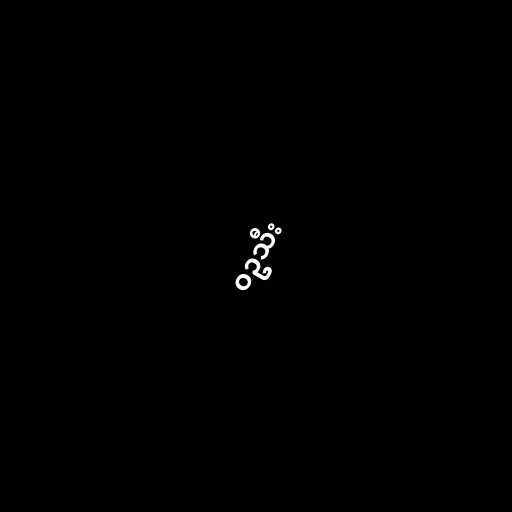
ဝဥသီး